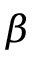
\beta